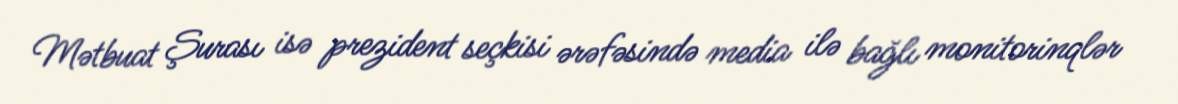
Mətbuat Şurası isə prezident seçkisi ərəfəsində media ilə bağlı monitorinqlər